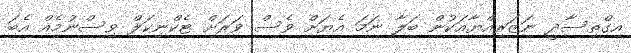
އިގްތިސާދީ ނަޒަރިއްޔާއަކުން ބަލާ ނަމަ އެޔަށް ވެސް ވަރަށް ޓެކްނިކަލް ވިސްނުމެއް އެބަ